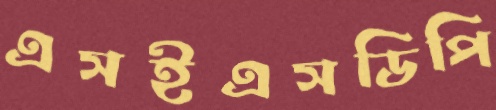
এসইএসডিপি